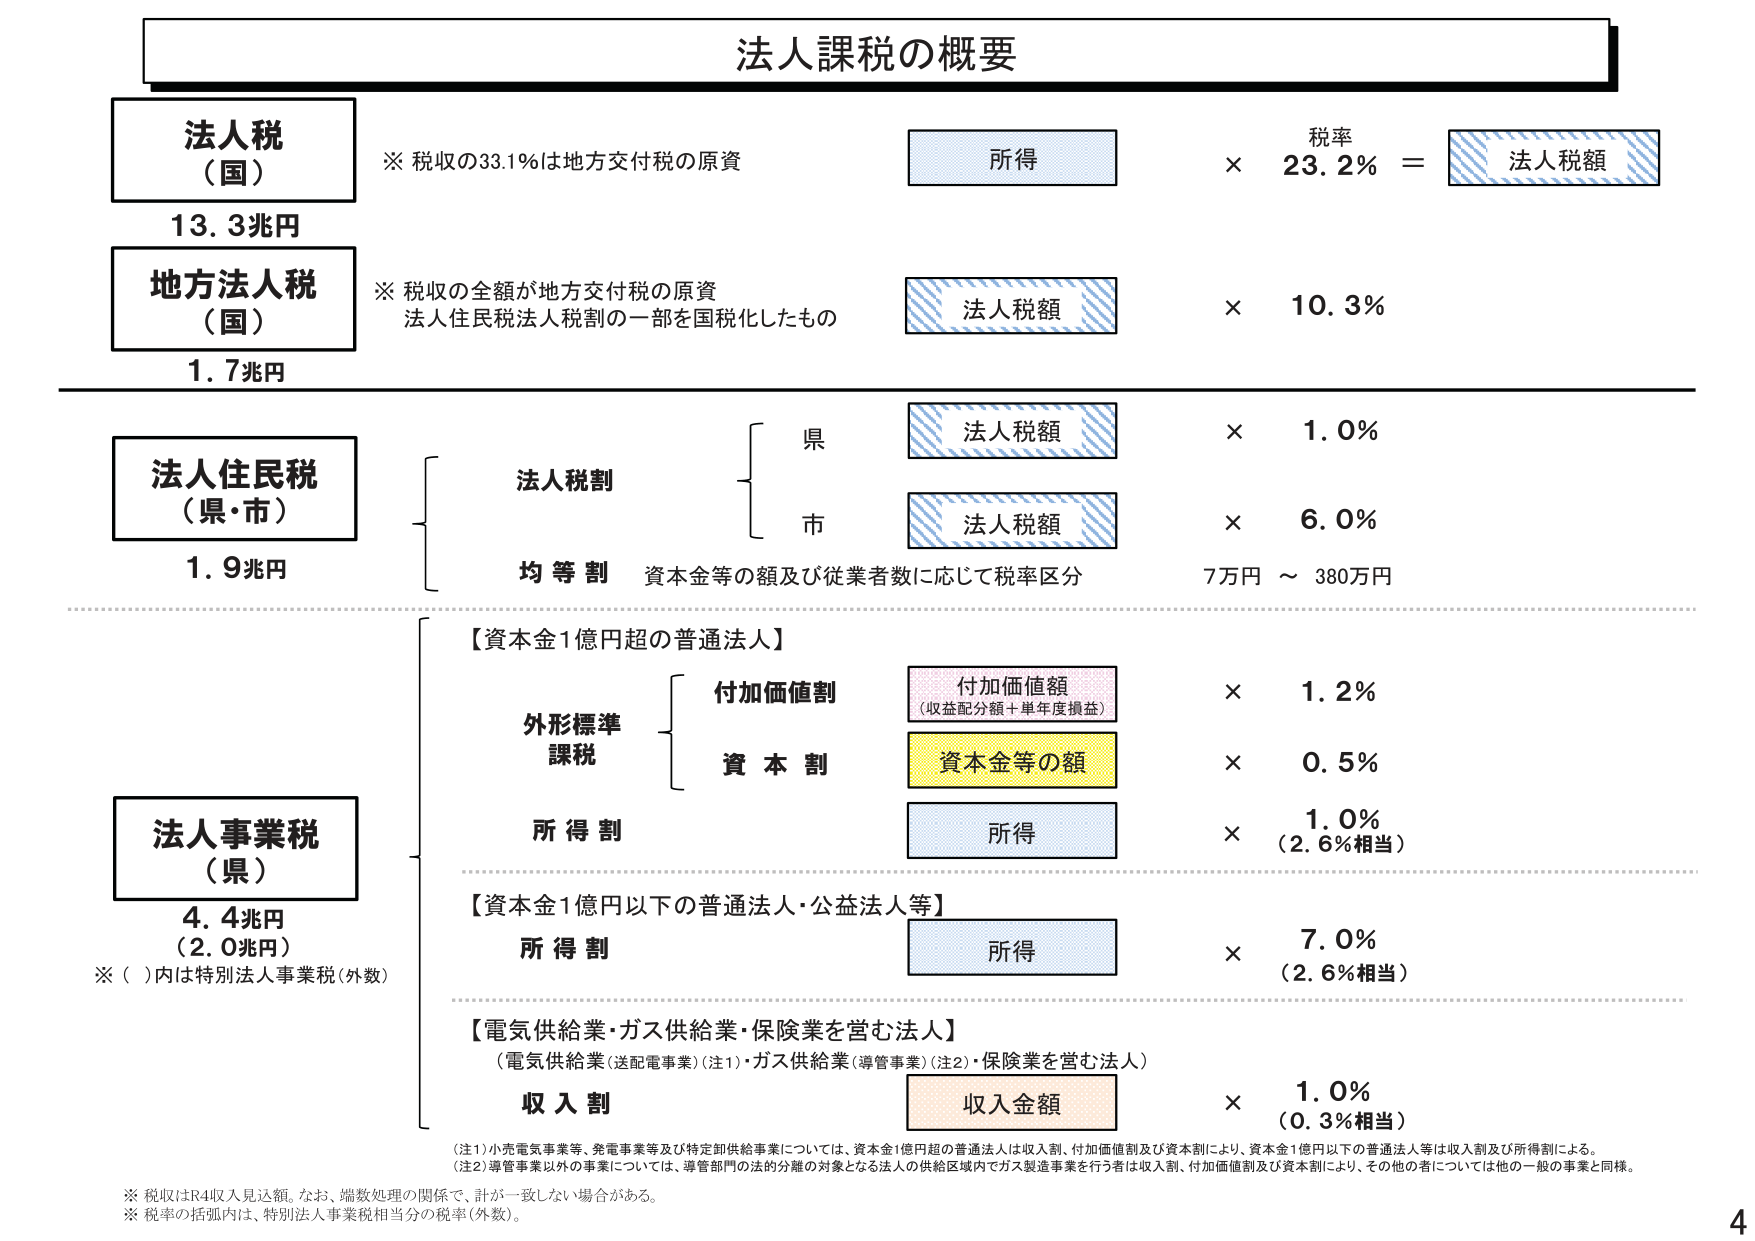
法人課税の概要

法人税
（国）
13.3兆円
※ 税収の33.1％は地方交付税の原資

所得 × 23.2％ ＝ 法人税額

地方法人税
（国）
1.7兆円
※ 税収の全額が地方交付税の原資
法人住民税法人税割の一部を国税化したもの

法人税額 × 10.3％

法人住民税
（県・市）
1.9兆円

法人税割
　県
　　法人税額 × 1.0％
　市
　　法人税額 × 6.0％

均等割 資本金等の額及び従業者数に応じて税率区分 7万円 ～ 380万円

【資本金1億円超の普通法人】

外形標準課税
　付加価値割
　　付加価値額
　　（収益配分額＋単年度損益） × 1.2％
　資本割
　　資本金等の額 × 0.5％

所得割
　所得 × 1.0％
　　（2.6％相当）

【資本金1億円以下の普通法人・公益法人等】

所得割
　所得 × 7.0％
　　（2.6％相当）

【電気供給業・ガス供給業・保険業を営む法人】
　（電気供給業（送配電事業）（注1）・ガス供給業（導管事業）（注2）・保険業を営む法人）

収入割
　収入金額 × 1.0％
　　（0.3％相当）

（注1）小売電気事業等、発電事業等及び特定卸供給事業については、資本金1億円超の普通法人は収入割、付加価値割及び資本割により、資本金1億円以下の普通法人等は収入割及び所得割による。
（注2）導管事業以外の事業については、導管部門の法的分離の対象となる法人の供給区域内でガス製造事業を行う者は収入割、付加価値割及び資本割により、その他の者については他の一般の事業と同様。

※ 税収はR4収入見込額。なお、端数処理の関係で、計が一致しない場合がある。
※ 税率の括弧内は、特別法人事業税相当分の税率（外数）。

法人事業税
（県）
4.4兆円
（2.0兆円）
※（ ）内は特別法人事業税（外数）

4